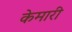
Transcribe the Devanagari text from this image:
केमारी